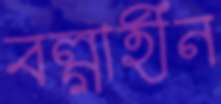
বল্গাহীন